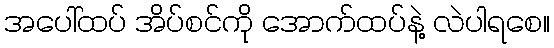
အပေါ်ထပ် အိပ်စင်ကို အောက်ထပ်နဲ့ လဲပါရစေ။